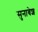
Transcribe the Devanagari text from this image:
सुनाबेश